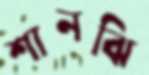
শানঝি